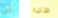
عن قتالية